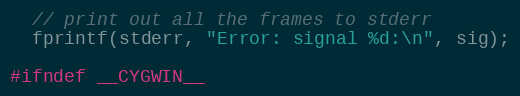
Language: C++
  // print out all the frames to stderr
  fprintf(stderr, "Error: signal %d:\n", sig);

#ifndef __CYGWIN__